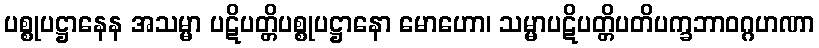
ပစ္စုပဋ္ဌာနေန အသမ္မာ ပဋိပတ္တိပစ္စုပဋ္ဌာနော မောဟော၊ သမ္မာပဋိပတ္တိပတိပက္ခဘာဝဂ္ဂဟဏာ